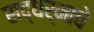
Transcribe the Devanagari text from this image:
सद्धर्माचे